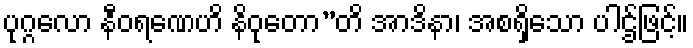
ပုဂ္ဂလော နီဝရဏေဟိ နိဝုတော”တိ အာဒိနာ၊ အစရှိသော ပါဌ်ဖြင့်။